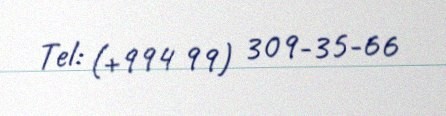
Tel: (+994 99) 309-35-66